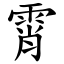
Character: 霄